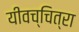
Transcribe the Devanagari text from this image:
यीवच्चित्रा